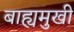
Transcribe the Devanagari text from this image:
बाह्यमुखी